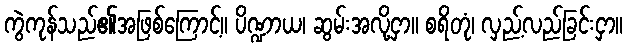
ကွဲကုန်သည်၏အဖြစ်ကြောင့်။ ပိဏ္ဍာယ၊ ဆွမ်းအလို့ငှာ။ စရိတုံ၊ လှည့်လည်ခြင်းငှာ။